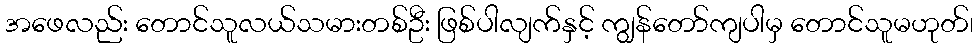
အဖေလည်း တောင်သူလယ်သမားတစ်ဦး ဖြစ်ပါလျက်နှင့် ကျွန်တော်ကျပါမှ တောင်သူမဟုတ်၊